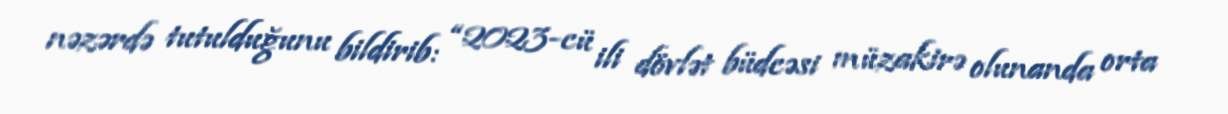
nəzərdə tutulduğunu bildirib: “2023-cü ili dövlət büdcəsi müzakirə olunanda orta